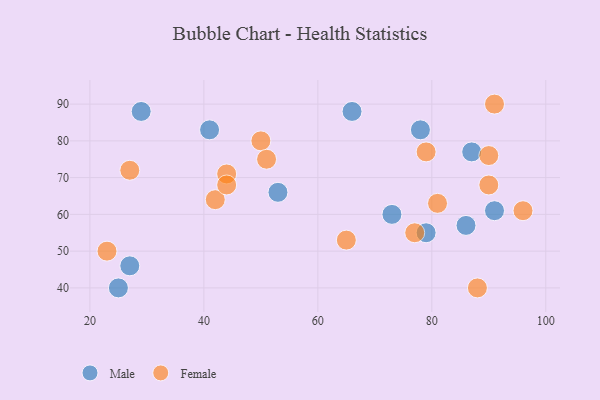
{"axis": {"x": "GDP", "y": "Life Expectancy"}, "legend": ["Female", "Male"], "data": [{"x": "53", "y": 66, "type": "Male"}, {"x": "29", "y": 88, "type": "Male"}, {"x": "66", "y": 88, "type": "Male"}, {"x": "79", "y": 55, "type": "Male"}, {"x": "87", "y": 77, "type": "Male"}, {"x": "41", "y": 83, "type": "Male"}, {"x": "25", "y": 40, "type": "Male"}, {"x": "86", "y": 57, "type": "Male"}, {"x": "73", "y": 60, "type": "Male"}, {"x": "91", "y": 61, "type": "Male"}, {"x": "27", "y": 46, "type": "Male"}, {"x": "78", "y": 83, "type": "Male"}, {"x": "44", "y": 71, "type": "Female"}, {"x": "27", "y": 72, "type": "Female"}, {"x": "96", "y": 61, "type": "Female"}, {"x": "88", "y": 40, "type": "Female"}, {"x": "42", "y": 64, "type": "Female"}, {"x": "81", "y": 63, "type": "Female"}, {"x": "50", "y": 80, "type": "Female"}, {"x": "51", "y": 75, "type": "Female"}, {"x": "91", "y": 90, "type": "Female"}, {"x": "65", "y": 53, "type": "Female"}, {"x": "90", "y": 76, "type": "Female"}, {"x": "23", "y": 50, "type": "Female"}, {"x": "79", "y": 77, "type": "Female"}, {"x": "44", "y": 68, "type": "Female"}, {"x": "77", "y": 55, "type": "Female"}, {"x": "90", "y": 68, "type": "Female"}]}